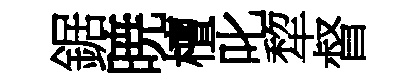
鋸暁檀叱犂督